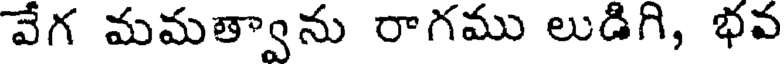
వేగ మమత్వాను రాగము లుడిగి, భవ